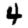
Digit: 4